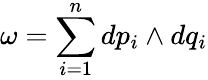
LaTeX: \omega=\sum_{i=1}^{n}dp_{i}\wedge dq_{i}